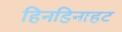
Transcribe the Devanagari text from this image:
हिनहिनाहट